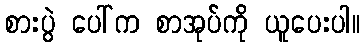
စားပွဲ ပေါ်က စာအုပ်ကို ယူပေးပါ။